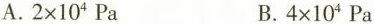
A.$$2\times 10^{4}Pa$$ B.$$4\times 10^{4}Pa$$